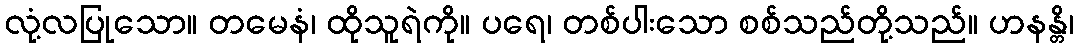
လုံ့လပြုသော။ တမေနံ၊ ထိုသူရဲကို။ ပရေ၊ တစ်ပါးသော စစ်သည်တို့သည်။ ဟနန္တိ၊